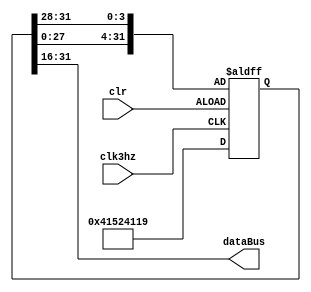
//
module GPU(
input clk3hz,
input clr,
output [15:0]dataBus
    );
    
    reg[31:0] msgArray;
    parameter NUMBER = 32'h41524119;
    assign dataBus = msgArray[31:16];
    always@(posedge clk3hz or posedge clr)
        if(!clr)
          msgArray<=NUMBER;
        else begin
           msgArray[3:0]<= msgArray[31:28];
           msgArray[31:4]<= msgArray[27:0];
        end
endmodule